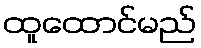
ထူထောင်မည်